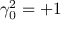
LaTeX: \gamma _ { 0 } ^ { 2 } = { + 1 }